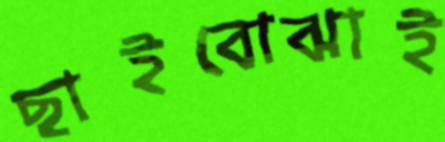
ছাইবোঝাই